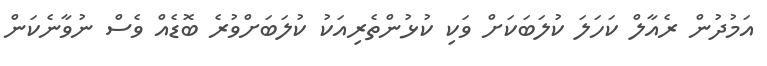
އަމުދުން ރެއާލް ކަހަލަ ކުލަބަކަށް ވަކި ކުޅުންތެރިއަކު ކުލަބަށްވުރެ ބޮޑެއް ވެސް ނުވާނެކަން